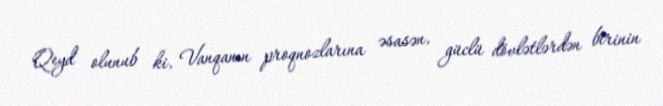
Qeyd olunub ki, Vanqanın proqnozlarına əsasən, güclü dövlətlərdən birinin